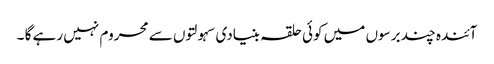
آئندہ چند برسوں میں کوئی حلقہ بنیادی سہولتوں سے محروم نہیں رہے گا ۔